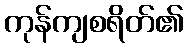
ကုန်ကျစရိတ်၏